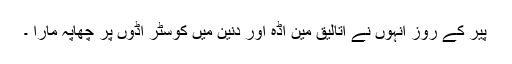
پیر کے روز انہوں نے اتالیق مین اڈہ اور دنین میں کوسٹر اڈوں پر چھاپہ مارا ۔